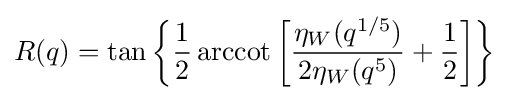
R(q)=\tan {\biggl \{}{\frac {1}{2}}\operatorname {arccot} {\biggl [}{\frac {\eta _{W}(q^{1/5})}{2\eta _{W}(q^{5})}}+{\frac {1}{2}}{\biggr ]}{\biggr \}}